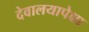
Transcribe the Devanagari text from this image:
देवालयापेक्षा